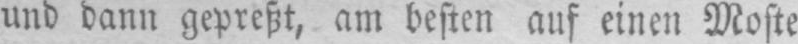
und dann gepreßt, am besten auf einen Moste